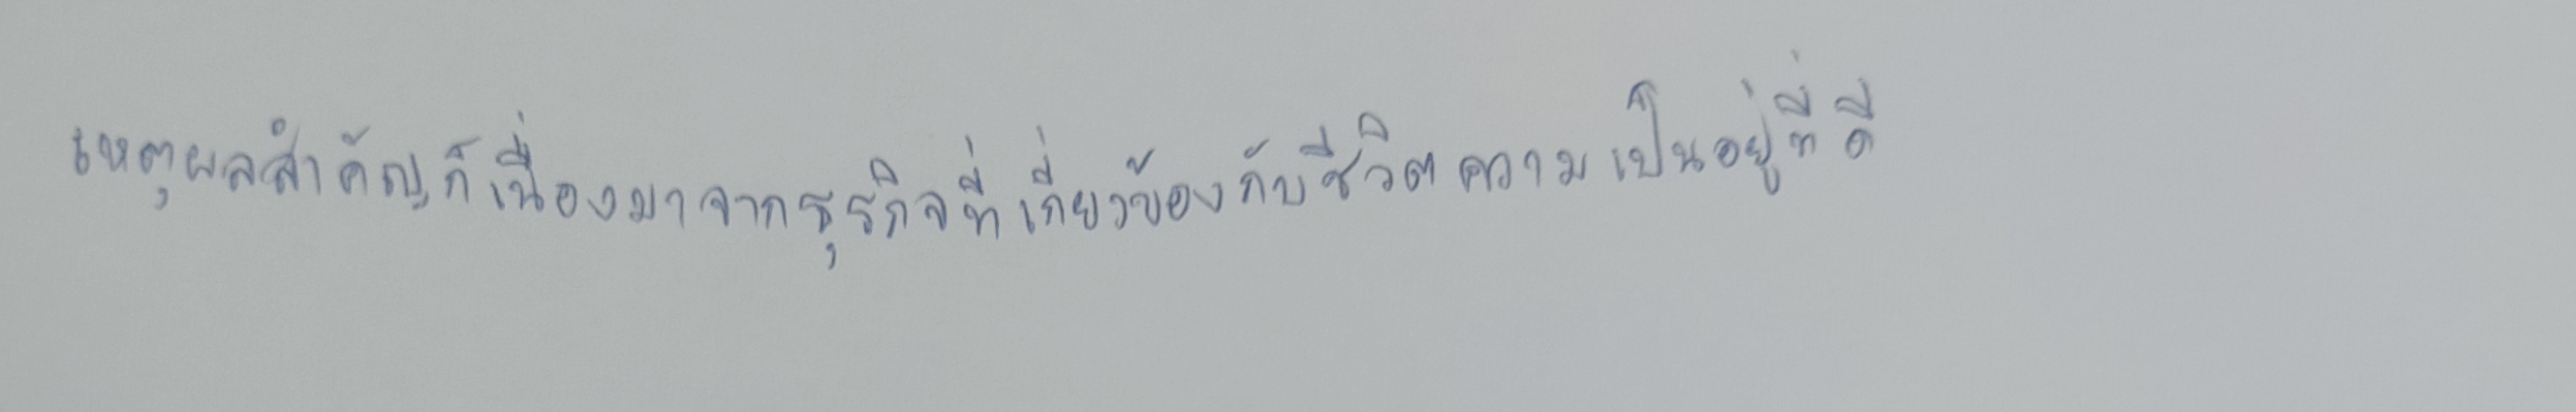
เหตุผลสำคัญก็เนื่องมาจากธุรกิจที่เกี่ยวข้องกับชีวิตความเป็นอยู่ที่ดี